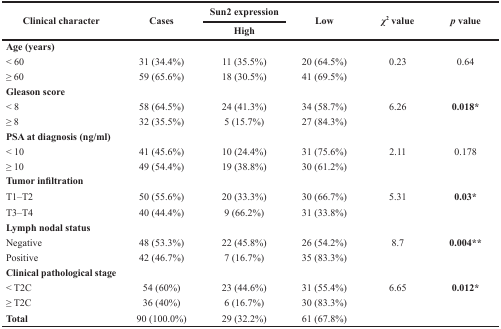
| <ROWSPAN=2> Clinical character | <ROWSPAN=2> Cases | Sun2 expression | <ROWSPAN=2> Low | <ROWSPAN=2> χ2value | <ROWSPAN=2> p value |
 | High |
 | --- | --- | --- | --- | --- | --- |
 | Age (years) |  |  |  |  |  |
 | < 60 | 31 (34.4%) | 11 (35.5%) | 20 (64.5%) | 0.23 | 0.64 |
 | ≥ 60 | 59 (65.6%) | 18 (30.5%) | 41 (69.5%) |  |  |
 | Gleason score |  |  |  |  |  |
 | < 8 | 58 (64.5%) | 24 (41.3%) | 34 (58.7%) | 6.26 | 0.018* |
 | ≥ 8 | 32 (35.5%) | 5 (15.7%) | 27 (84.3%) |  |  |
 | PSA at diagnosis (ng/ml) |  |  |  |  |  |
 | < 10 | 41 (45.6%) | 10 (24.4%) | 31 (75.6%) | 2.11 | 0.178 |
 | ≥ 10 | 49 (54.4%) | 19 (38.8%) | 30 (61.2%) |  |  |
 | Tumor infiltration |  |  |  |  |  |
 | T1–T2 | 50 (55.6%) | 20 (33.3%) | 30 (66.7%) | 5.31 | 0.03* |
 | T3–T4 | 40 (44.4%) | 9 (66.2%) | 31 (33.8%) |  |  |
 | Lymph nodal status |  |  |  |  |  |
 | Negative | 48 (53.3%) | 22 (45.8%) | 26 (54.2%) | 8.7 | 0.004** |
 | Positive | 42 (46.7%) | 7 (16.7%) | 35 (83.3%) |  |  |
 | Clinical pathological stage |  |  |  |  |  |
 | < T2C | 54 (60%) | 23 (44.6%) | 31 (55.4%) | 6.65 | 0.012* |
 | ≥ T2C | 36 (40%) | 6 (16.7%) | 30 (83.3%) |  |  |
 | Total | 90 (100.0%) | 29 (32.2%) | 61 (67.8%) |  |  |